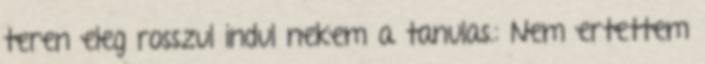
teren eleg rosszul indul nekem a tanulas.: Nem ertettem